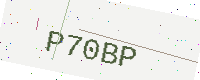
Text: P70BP